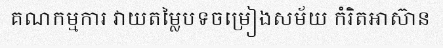
គណកម្មការ វាយតម្លៃបទចម្រៀងសម័យ កំរិតអាស៊ាន